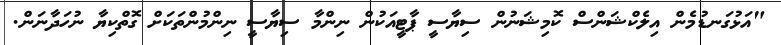
"އަޅުގަނޑުމެން އިލެކްޝަންސް ކޮމިޝަނުން ސިޔާސީ ޕާޓީއަކުން ނިންމާ ސިޔާސީ ނިންމުންތަކަށް ގޮތްކިޔާ ނުހަދާނަން.